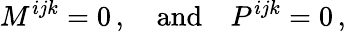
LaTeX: M^{ijk}=0\, ,\quad\mathrm{and}\quad P^{ijk}=0\, ,